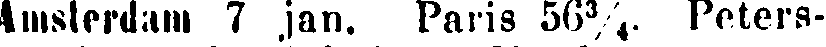
Amsterdam 7 jan. Paris 56¾. Peters-